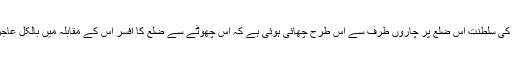
بادشاہ کی سلطنت اس ضلع پر چاروں طرف سے اس طرح چھائی ہوئی ہے کہ اس چھوٹے سے ضلع کا افسر اس کے مقابلہ میں بالکل عاجز ہے۔